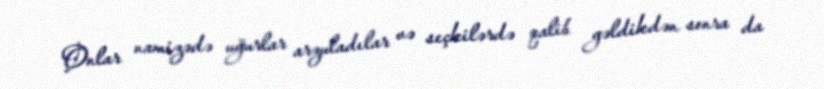
Onlar namizədə uğurlar arzuladılar və seçkilərdə qalib gəldikdən sonra da